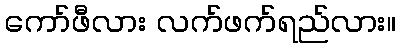
ကော်ဖီလား လက်ဖက်ရည်လား။